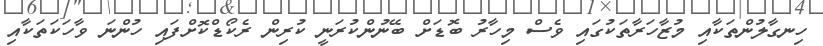
ހިނގާލުންތަކާއި މުޒާހަރާތަކުގައި ވެސް މިހާރު ބޮޑަށް ބޭނުންކުރަނީ ކުރިން ރެކޯޑްކޮށްފައި ހުންނަ ވާހަކަތަކާއި